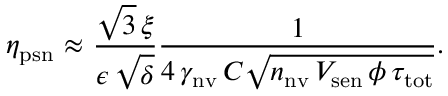
\eta _ { \mathrm { p s n } } ~ { \approx } ~ \frac { \sqrt { 3 } \, \xi } { \epsilon \, \sqrt { \delta } } \frac { 1 } { 4 \, \gamma _ { \mathrm { n v } } \, C \sqrt { n _ { \mathrm { n v } } \, V _ { \mathrm { s e n } } \, \phi \, \tau _ { \mathrm { t o t } } } } .